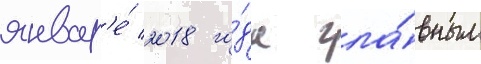
январ'е́ 2018 го́да гла́вным